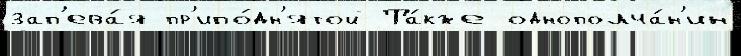
зап'ева́я пр'ипо́дн'ятой Та́кже однополча́н'ин